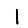
Digit: 1